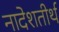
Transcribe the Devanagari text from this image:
नादेशतीर्थ